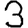
Digit: 3